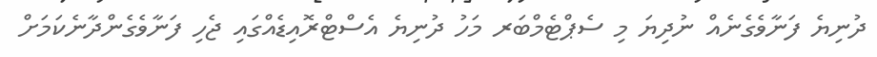
ދުނިޔެ ފަނާވެގެނެއް ނުދިޔަ މި ސެޕްޓެމްބަރ މަހު ދުނިޔެ އެސްޓްރޮއިޑެއްގައި ޖެހި ފަނާވެގެންދާނެކަމަށް